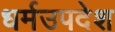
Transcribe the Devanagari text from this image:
धर्मउपदेश